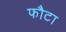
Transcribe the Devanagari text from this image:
फौटा